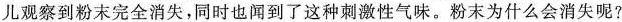
儿观察到粉末完全消失，同时也闻到了这种刺激性气味。粉末为什么会消失呢?